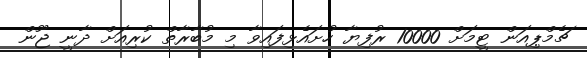
ޗެމްޕިއަން ޓީމަށް 10000 ރުފިޔާ ހުށައެޅިފައިވާ މި މުބާރާތް ކުރިއަށް ދާނީ ޖޫން